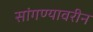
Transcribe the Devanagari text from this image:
सांगण्यावरीन